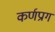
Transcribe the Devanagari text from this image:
कर्णप्राग